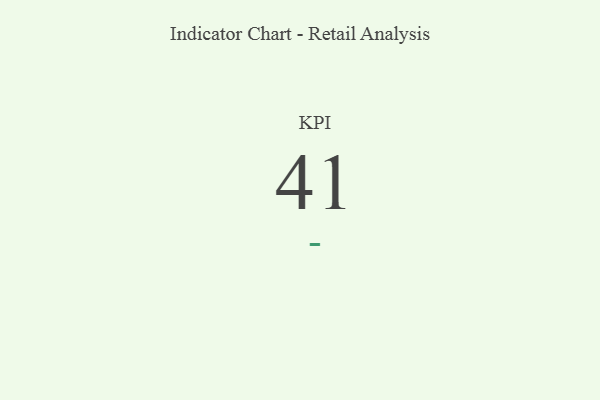
{"axis": {"x": "KPI", "y": "Value"}, "legend": [""], "data": [{"x": "KPI", "y": 41, "type": ""}]}